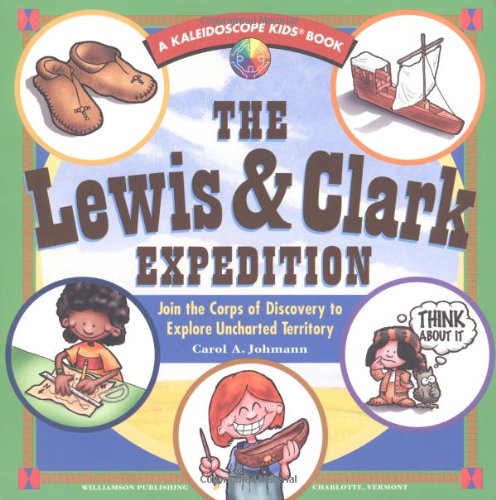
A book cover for The Lewis & Clark Expedition: Join the Corps of Discovery to Explore Uncharted Territory (Kaleidoscope Kids Book); Carol A. Johmann; Children's Books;